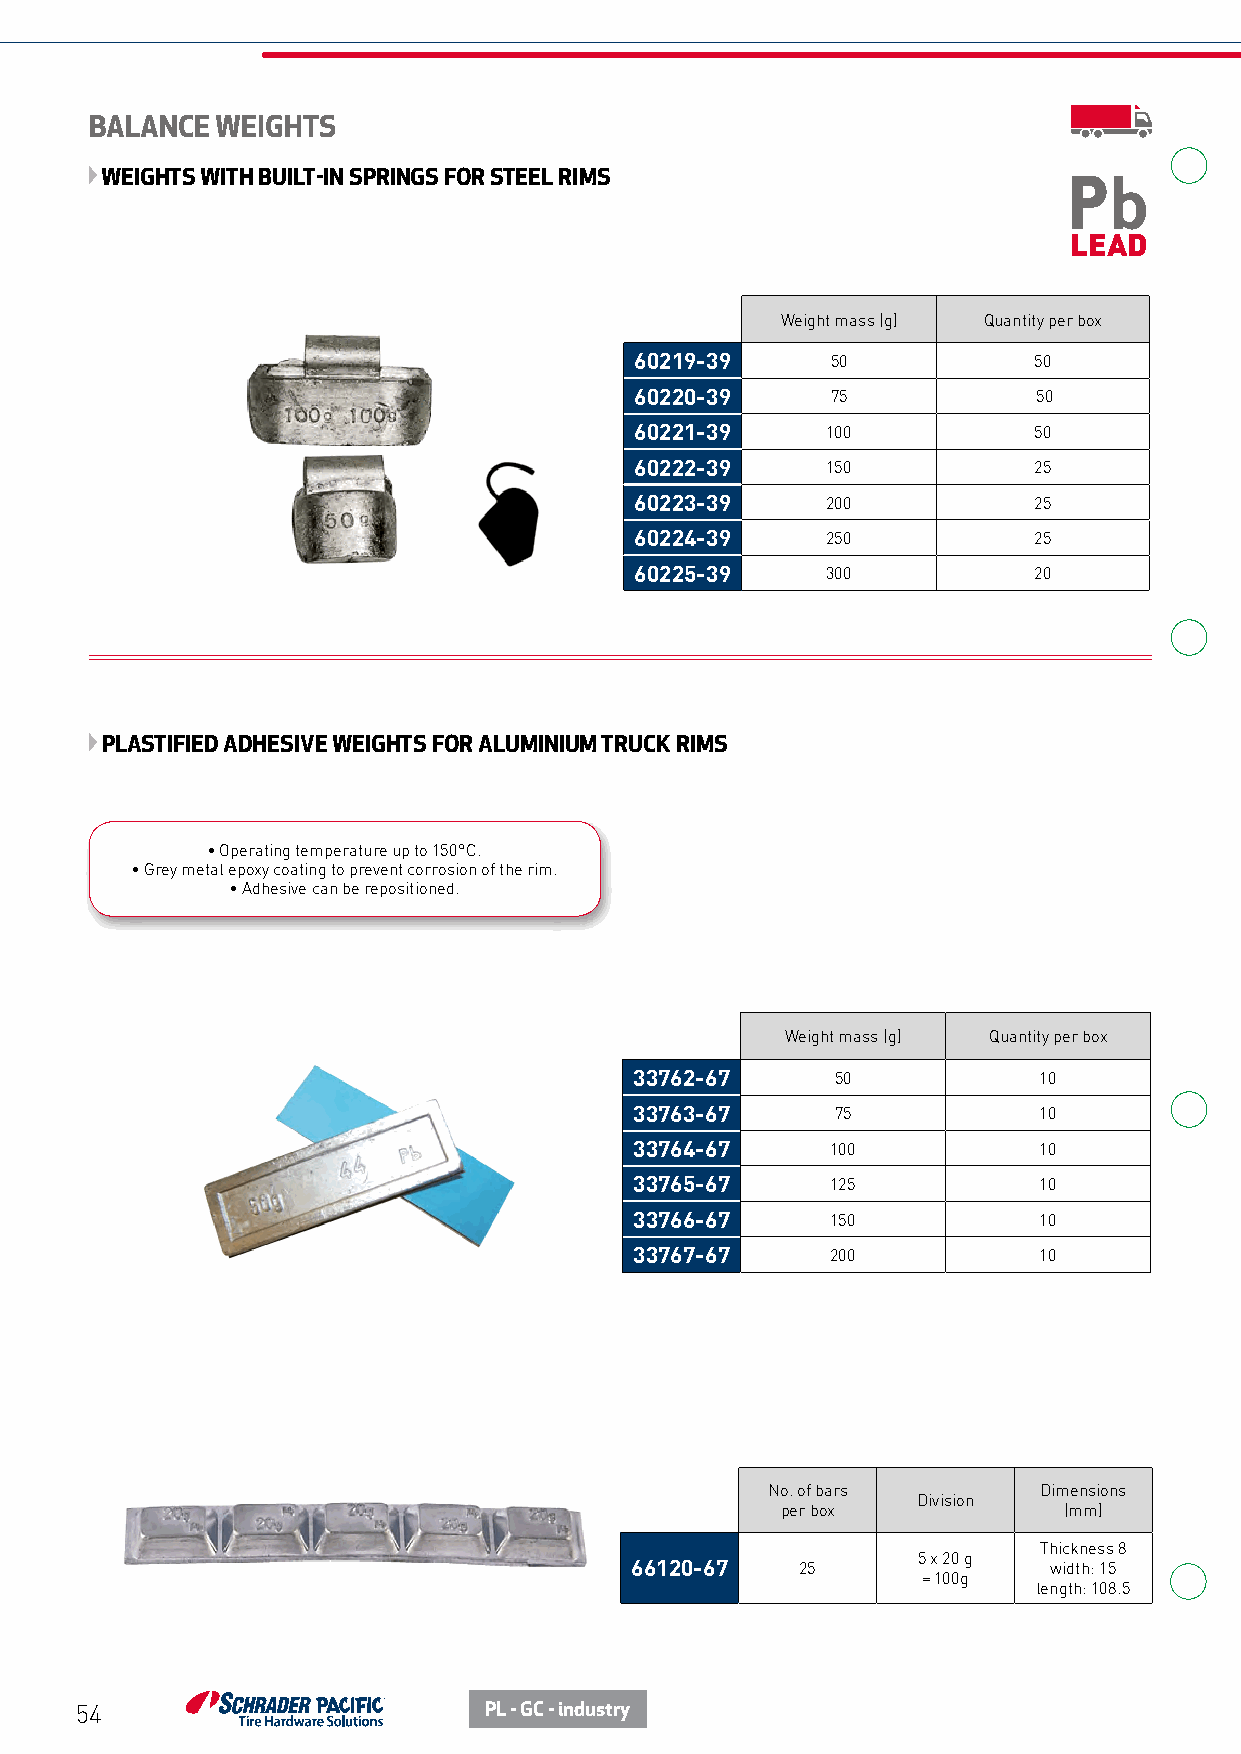
BALANCE WEIGHTS
 WEIGHTS WITH BUILT-IN SPRINGS FOR STEEL RIMS
 LEAD
 Weight mass (g) Quantity per box
 60219-39     50           50
 60220-39     75            50
 60221-39     100          50
 60222-39     150          25
 60223-39     200          25
 60224-39     250          25
 60225-39     300          20
 PLASTIFIED ADHESIVE WEIGHTS FOR ALUMINIUM TRUCK RIMS
 • Operating temperature up to 150°C.
 • Grey metal epoxy coating to prevent corrosion of the rim.
 • Adhesive can be repositioned.
 Weight mass (g) Quantity per box
 33762-67     50            10
 33763-67     75            10
 33764-67     100           10
 33765-67     125           10
 33766-67     150           10
 33767-67     200           10
 No. of bars       Dimensions
 Division
 per box           (mm)
 Thickness 8
 5 x 20 g
 66120-67   25              width: 15
 = 100g
 length: 108.5
 54                         PL - GC - industry